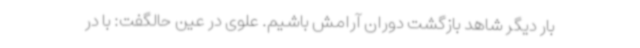
بار دیگر شاهد بازگشت دوران آرامش باشیم. علوی در عین حالگفت: با در